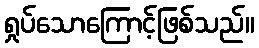
ရှုပ်သောကြောင့်ဖြစ်သည်။